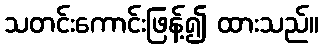
သတင်းကောင်းဖြန့်၍ ထားသည်။